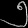
Digit: ၅